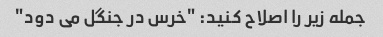
جمله زیر را اصلاح کنید: "خرس در جنگل می دود"